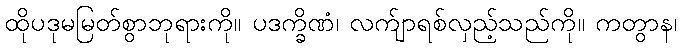
ထိုပဒုမမြတ်စွာဘုရားကို။ ပဒက္ခိဏံ၊ လက်ျာရစ်လှည့်သည်ကို။ ကတွာန၊